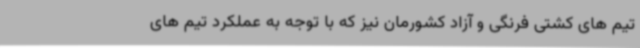
تیم های کشتی فرنگی و آزاد کشورمان نیز که با توجه به عملکرد تیم های